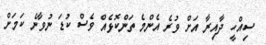
ސިއްހީ ދާއިރާ އަށް ވުރެ އެންމެ ތަންކޮޅެއް ވެސް ކުޑަ ނުވާނެ ކަމަށް